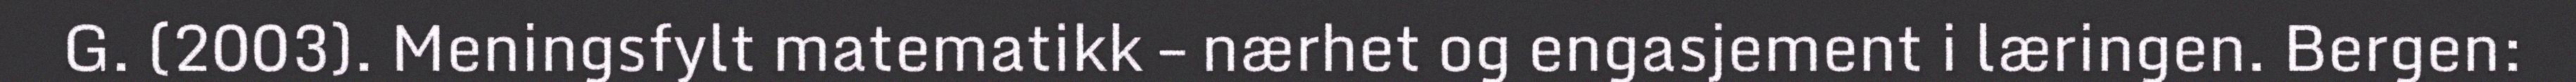
G. (2003). Meningsfylt matematikk – nærhet og engasjement i læringen. Bergen: